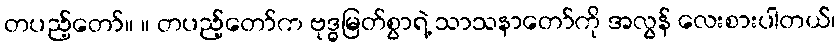
တပည့်တော်။ ။ တပည့်တော်က ဗုဒ္ဓမြတ်စွာရဲ့ သာသနာတော်ကို အလွန် လေးစားပါတယ်၊